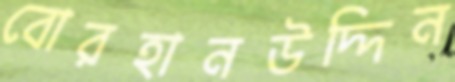
বোরহানউদ্দিন